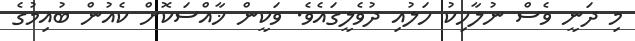
މި ދަނީ ވެސް ނުލާހިކު ހަލުއި ދުވެލީގައެވެ. ވަކީން ޚާއްސަކޮށް ކެއުން ބުއިމުގެ